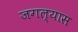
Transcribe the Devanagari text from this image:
जगल्यास